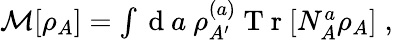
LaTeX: \begin{array}{r}{\mathcal{M}[\rho_{A}]=\int\mathrm{~d~}a\ \rho_{A^{\prime}}^{(a)}\mathrm{~T~r~}[N_{A}^{a}\rho_{A}]\; ,}\end{array}